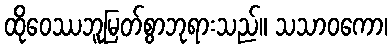
ထိုဝေဿဘူမြတ်စွာဘုရားသည်။ သသာဝကော၊